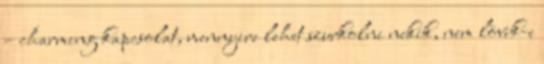
– charming kapcsolat, mennyire lehet szurkolni nekik, nem lövik-e